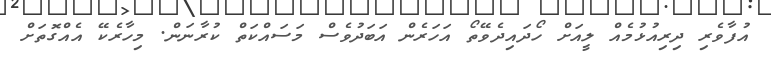
އުފާވެރި ދިރިއުޅުމެއް ލީއަށް ހޯދައިދެވޭތޯ އަހަރެން އަބަދުވެސް މަސައްކަތް ކުރާނަން. މިހާރެކޭ އެއްގޮތަށް